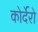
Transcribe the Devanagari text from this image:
कोर्देरो